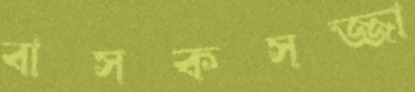
বাসকসজ্জা